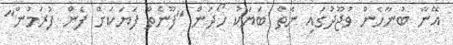
އޭނާ ބުނާހެން ވުޖޫދުގައި ނެތް ބަޔަކު ހޯދަން "ފޫނެތް ފަޔަކަށް ފެން ފުރަމުންް"